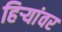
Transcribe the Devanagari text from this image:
हिऱ्यांवर